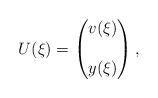
\begin{align*}U(\xi)= \begin{pmatrix} v(\xi) \\ \\ y(\xi) \end{pmatrix},\end{align*}